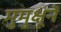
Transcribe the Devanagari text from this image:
मुमुक्षूने